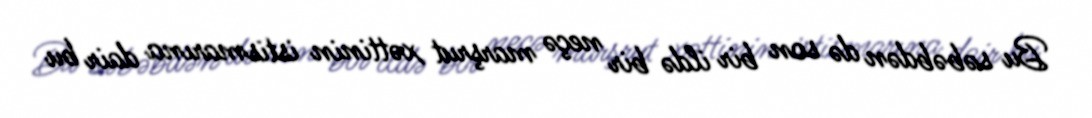
Bu səbəbdən də son bir ildə bir neçə marşrut xəttinin istismarına dair bu